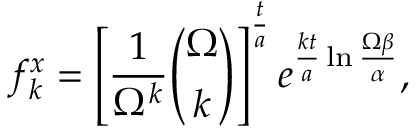
f _ { k } ^ { x } = \left[ { \frac { 1 } { \Omega ^ { k } } } { \binom { \Omega } { k } } \right] ^ { \frac { t } { a } } e ^ { { \frac { k t } { a } } \ln { \frac { \Omega \beta } { \alpha } } } ,